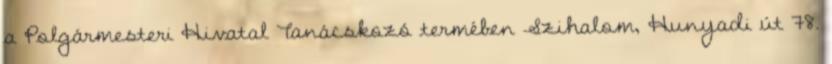
a Polgármesteri Hivatal Tanácskozó termében Szihalom, Hunyadi út 78.